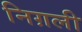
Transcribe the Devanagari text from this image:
निग़ली